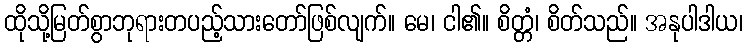
ထိုသို့မြတ်စွာဘုရားတပည့်သားတော်ဖြစ်လျက်။ မေ၊ ငါ၏။ စိတ္တံ၊ စိတ်သည်။ အနုပါဒါယ၊